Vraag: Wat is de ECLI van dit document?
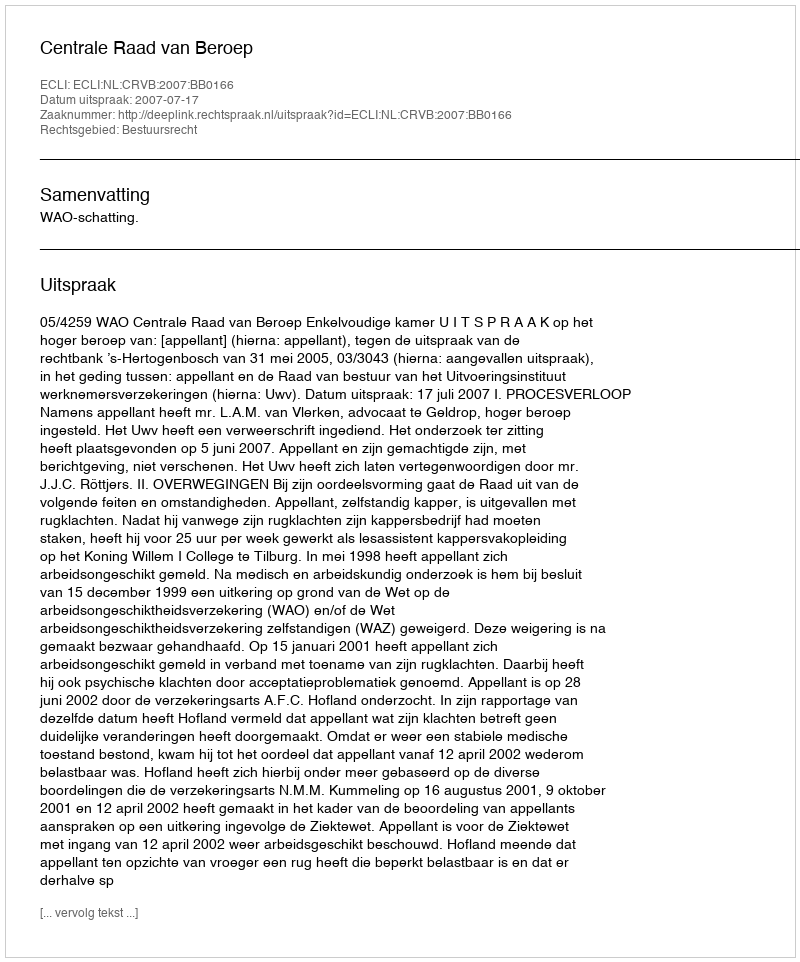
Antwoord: ECLI:NL:CRVB:2007:BB0166